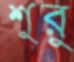
শুরু